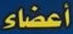
أعضاء